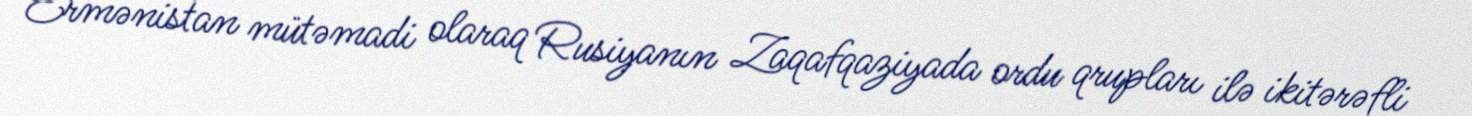
Ermənistan mütəmadi olaraq Rusiyanın Zaqafqaziyada ordu qrupları ilə ikitərəfli